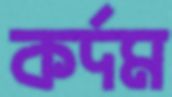
কর্দম